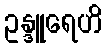
ဥန္ဒူရေဟိ